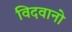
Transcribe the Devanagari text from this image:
विदवानो